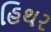
હિથર